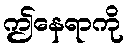
ဤနေရာကို